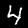
Digit: 4